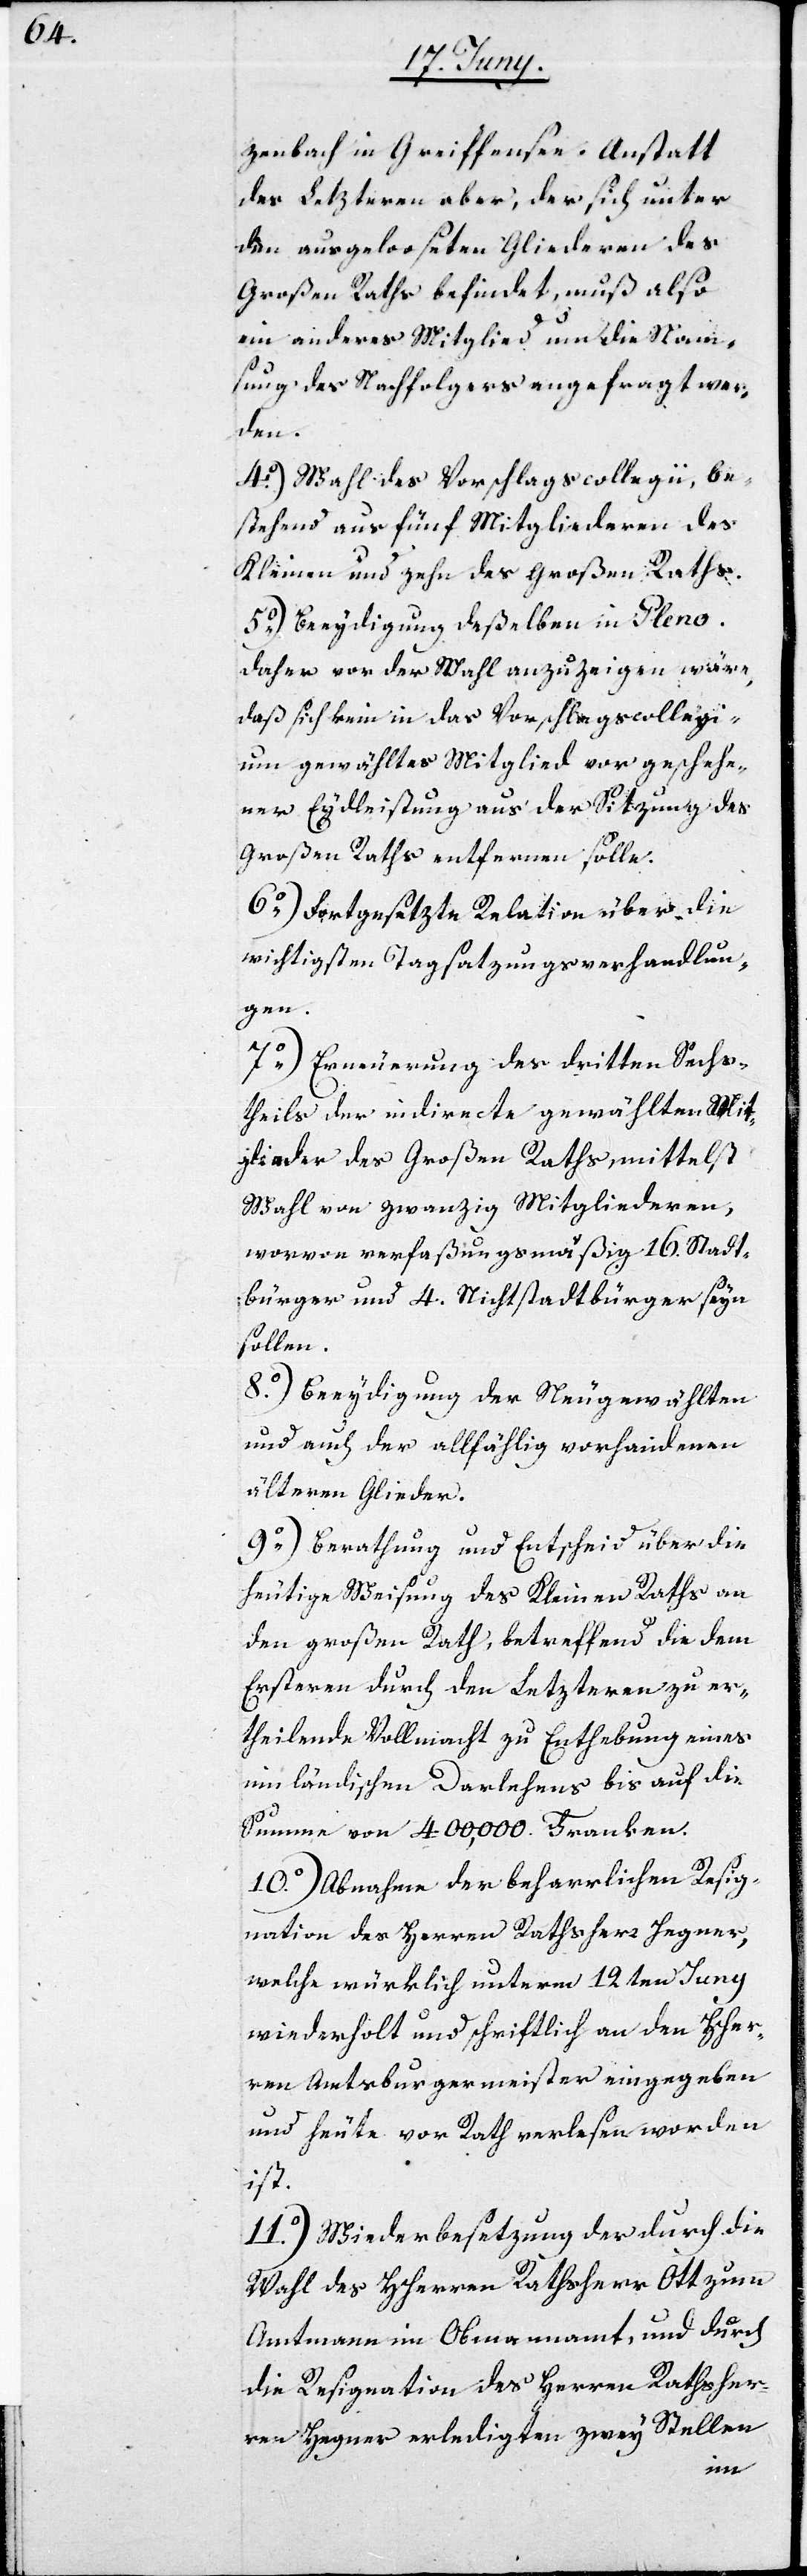
zenbach in Greiffensee. Anstatt
des Letzteren aber, der sich unter
den ausgeloosten Gliederen des
Großen Raths befindet, muß also
ein anderes Mitglied um die Nam¬
sung des Nachfolgers angefragt wer¬
den.
4o) Wahl des Vorschlagscollegii, be¬
stehend aus fünf Mitgliederen des
Kleinen und zehn des Großen Raths.
5o) Beeydigung deßelben in Pleno.
Daher vor der Wahl anzuzeigen wäre,
daß sich kein in das Vorschlagscollegi¬
um gewähltes Mitglied vor geschehe¬
ner Eydleistung aus der Sitzung des
Großen Raths entfernen solle.
6o) Fortgesetzte Relation über die
wichtigsten Tagsatzungsverhandlun¬
gen.
7o) Erneuerung des dritten Sechs¬
theils der indirecte gewählten Mit¬
glieder des Großen Raths mittelst
Wahl zwanzig Mitgliederen,
worvon verfaßungsmäßig 16. Stadt¬
bürger und 4. Nichtstadtbürger seyn
sollen.
8o) Beeydigung der Neugewählten
und auch der allfählig vorhandenen
älteren Glieder.
9o) Berathung und Entscheid über die
heutige Weisung des Kleinen Raths an
den Großen Rath, betreffend die dem
Ersteren durch den Letzteren zu er¬
theilende Vollmacht zu Enthebung eines
innländischen Darlehens bis auf die
Summe von 400,000. Franken.
10o) Abnahme der beharrlichen Resig¬
nation des Herren Rathsherr Hegner,
welche würklich unterm 12ten Juny
wiederholt und schriftlich an den Her¬
ren Amtsburgermeister eingegeben
und heute vor Rath verlesen worden
ist.
11o) Wiederbesetzung der durch die
Wahl des HHerren Rathsherr Ott zum
Amtmann im Obmannamt, und durch
die Resignation des Herren Rathsherr
von Hegner erledigten zwey Stellen